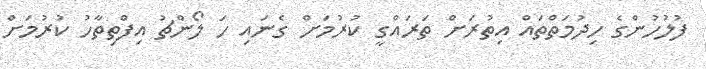
ފުލުހުންގެ ހިދުމަތްތައް އިތުރަށް ތަރައްގީ ކުރުމަށް ގެނައި ހަ ލޯންޗު އިފްތިތާހު ކުރުމަށް